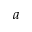
a